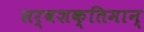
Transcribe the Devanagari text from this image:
सर्वशक्‍तिमान्